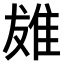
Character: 𨾩